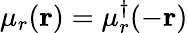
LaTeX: \mu_{r}(\mathbf{r})=\mu_{r}^{\dagger}(-\mathbf{r})